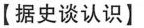
【据史谈认识】